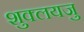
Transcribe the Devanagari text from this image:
शुक्लयजु